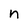
Character: n